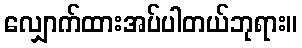
လျှောက်ထားအပ်ပါတယ်ဘုရား။